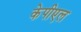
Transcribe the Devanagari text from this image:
केपीएल